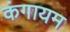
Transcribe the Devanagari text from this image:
कंगायम